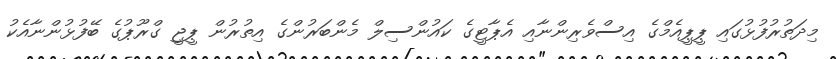
މިދަތުރުފުޅުގައި ޕީޕީއެމްގެ އިސްވެރިންނާއި އެޕާޓީގެ ކައުންސިލް މެންބަރުންގެ އިތުރުން ޕީޖީ ގްރޫޕުގެ ބޭފުޅުންނާއެކު